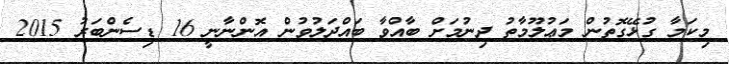
މިކަމާ ގުޅޭގޮތުން މަޢުލޫމާތު ދިނުމަށް ބާއްވާ ބައްދަލުވުން އޮންނާނީ 16 ޑިސެންބަރު 2015